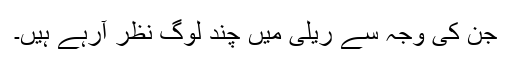
جن کی وجہ سے ریلی میں چند لوگ نظر آرہے ہیں۔